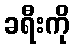
ခရီးကို